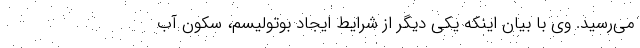
می‌رسید. وی با بیان اینکه یکی دیگر از شرایط ایجاد بوتولیسم، سکون آب